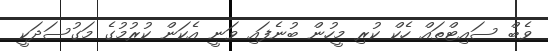
ވެބް ސައިޓްތައް ހެކް ކުރި މީހުން ބުނެފައި ވަނީ އެކަން ކުރުމުގެ މަގުސަދަކީ